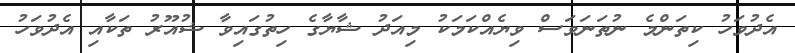
އެދުވަހު ކިތަންމެ ނުތަނަވަސް ވިޔެއްކަމަކު މިއަދު ޝާޔާގެ ހިތުގައިވާ ޝުއޫރު ތަކާއި އެދުވަހު